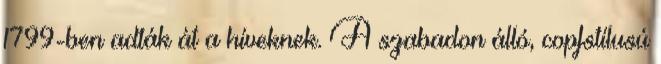
1799-ben adták át a híveknek. A szabadon álló, copfstílusú